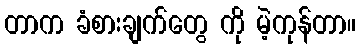
တာက ခံစားချက်တွေ ကို မဲ့ကုန်တာ။